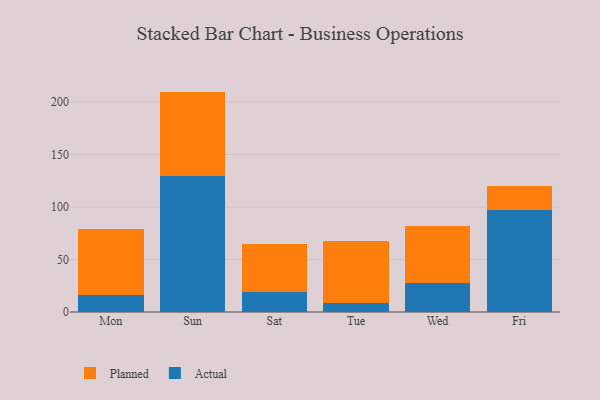
{"axis": {"x": "Day", "y": "Tickets Resolved"}, "legend": ["Actual", "Planned"], "data": [{"x": "Mon", "y": 16.4, "type": "Actual"}, {"x": "Mon", "y": 63.0, "type": "Planned"}, {"x": "Sun", "y": 129.6, "type": "Actual"}, {"x": "Sun", "y": 80.4, "type": "Planned"}, {"x": "Sat", "y": 18.9, "type": "Actual"}, {"x": "Sat", "y": 46.0, "type": "Planned"}, {"x": "Tue", "y": 8.8, "type": "Actual"}, {"x": "Tue", "y": 58.5, "type": "Planned"}, {"x": "Wed", "y": 28.0, "type": "Actual"}, {"x": "Wed", "y": 54.4, "type": "Planned"}, {"x": "Fri", "y": 97.1, "type": "Actual"}, {"x": "Fri", "y": 22.5, "type": "Planned"}]}